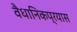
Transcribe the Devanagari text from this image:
वैधानिकप्रयास